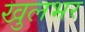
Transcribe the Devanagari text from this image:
खुलभर